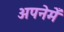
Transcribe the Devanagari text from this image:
अपनेमेँ